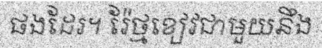
ផងដែរ។ រ៉ែថ្មខៀវជាមួយនឹង